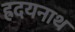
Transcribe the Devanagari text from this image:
ह्रदयनाथ